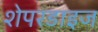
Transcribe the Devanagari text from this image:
शेपरडाइज